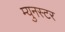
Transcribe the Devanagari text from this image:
म्युनस्टर